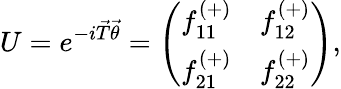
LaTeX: U=e^{-i\vec{T}\vec{\theta}}=\left(\begin{array}{ll}{{f_{11}^{(+)}}}&{{f_{12}^{(+)}}}\\ {{f_{21}^{(+)}}}&{{f_{22}^{(+)}}}\end{array}\right),